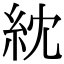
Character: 紞